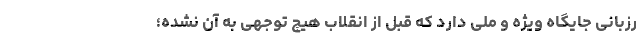
رزبانی جایگاه ویژه و ملی دارد که قبل از انقلاب هیچ توجهی به آن نشده؛